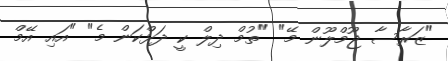
"ޒަރާސާ ޖޫމްލޫން މޭ" "ތުމް ދިލް ކީ ދަޅްކަން މެ" "އައި އޭމް